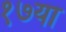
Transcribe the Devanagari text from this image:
१७या